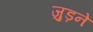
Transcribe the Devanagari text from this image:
जुड़नें